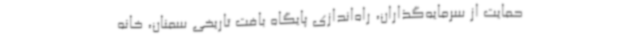
حمایت از سرمایه‌گذاران، راه‌اندازی پایگاه بافت تاریخی سمنان، خانه